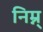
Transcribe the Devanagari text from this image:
निम्न्